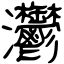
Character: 灪